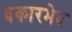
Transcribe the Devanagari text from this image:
वकारभेद